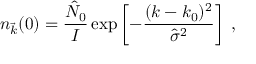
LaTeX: n _ { \vec { k } } ( 0 ) = \frac { { \hat { N } } _ { 0 } } { I } \exp \left[ - \frac { ( k - k _ { 0 } ) ^ { 2 } } { \hat { \sigma } ^ { 2 } } \right] \; ,